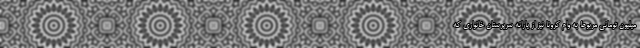
میلیون تومانی مربوط به وام کرونا نیز از یارانه سرپرستان خانواری که